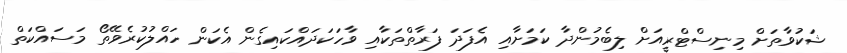
ޝަކުވާތަށް މިނިސްޓްރީއަށް ލިބެމުންދާ ކަމަށާއި އެފަދަ ފަރާތްތަކާއި ވާހަކަދައްކައިގެން އެކަން ހައްލުކުރެވޭތޯ މަސައްކަތް